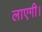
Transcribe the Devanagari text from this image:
लाएगी।